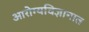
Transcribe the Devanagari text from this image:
आरोग्यविज्ञानात